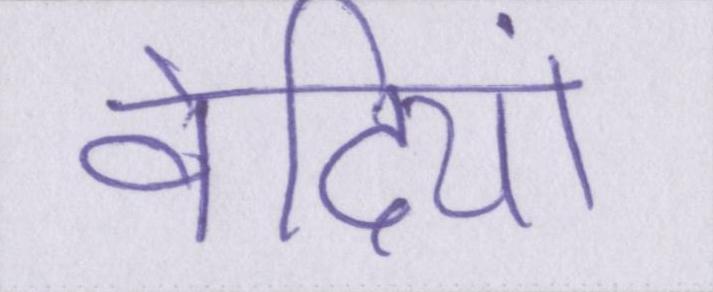
वेदियां